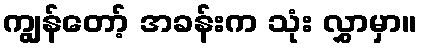
ကျွန်တော့် အခန်းက သုံး လွှာမှာ။